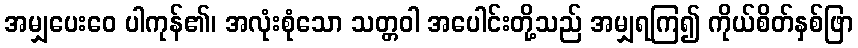
အမျှပေးဝေ ပါကုန်၏၊ အလုံးစုံသော သတ္တဝါ အပေါင်းတို့သည် အမျှရကြ၍ ကိုယ်စိတ်နှစ်ဖြာ